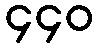
၄၄၀